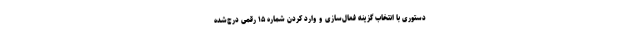
دستوری با انتخاب گزینه فعال‌سازی و وارد کردن شماره ۱۵ رقمی درج‌شده